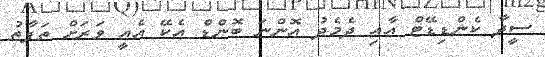
ސީދާ ކެންޑިޑޭޓް އާއި ދެމެދު އޮންނަ ބޮންޑް އެކޭ އެއީ ވަރަށް ތަފާތު